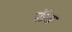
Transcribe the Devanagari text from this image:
फॅब